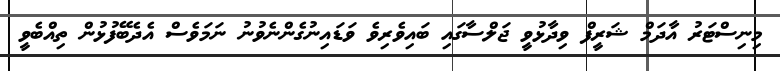
މިނިސްޓަރު އާދަމް ޝަރީފް ވިދާޅުވީ ޖަލްސާގައި ބައިވެރިވެ ވަޑައިނުގެންނެވުނު ނަމަވެސް އެދެބޭފުޅުން ތިއްބެވީ